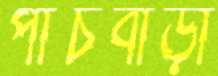
পাঁচবাড়ী